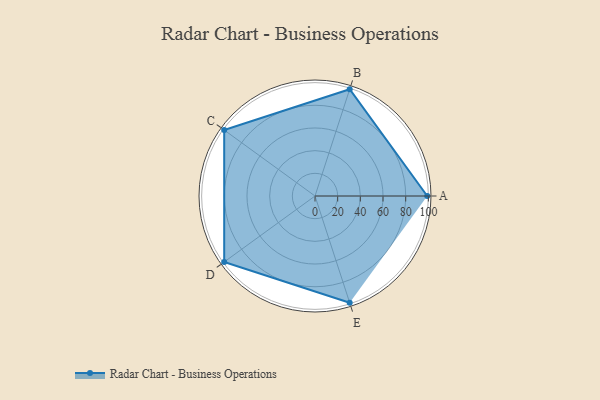
{"axis": {"x": "Skill", "y": "Score"}, "legend": ["Profile"], "data": [{"x": "A", "y": 99, "type": "Profile"}, {"x": "B", "y": 99, "type": "Profile"}, {"x": "C", "y": 99, "type": "Profile"}, {"x": "D", "y": 99, "type": "Profile"}, {"x": "E", "y": 99, "type": "Profile"}]}